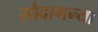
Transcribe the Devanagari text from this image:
सौदामन्या